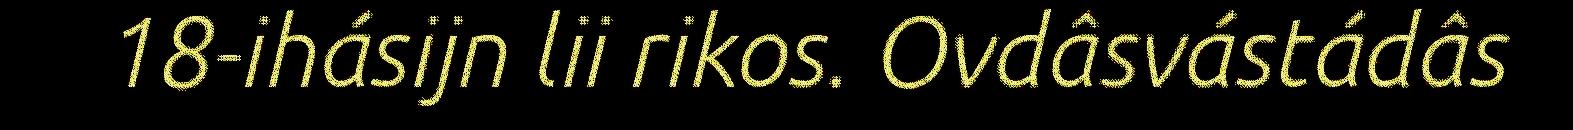
18-ihásijn lii rikos. Ovdâsvástádâs